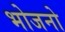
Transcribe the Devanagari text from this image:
भोजनो